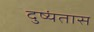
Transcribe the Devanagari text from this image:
दुष्यंतास